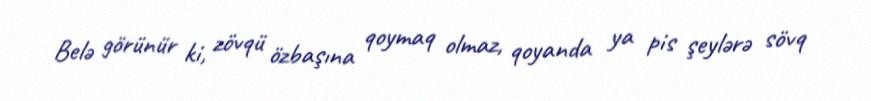
Belə görünür ki, zövqü özbaşına qoymaq olmaz, qoyanda ya pis şeylərə sövq